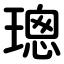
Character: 璁